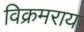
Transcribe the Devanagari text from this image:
विक्रमराय